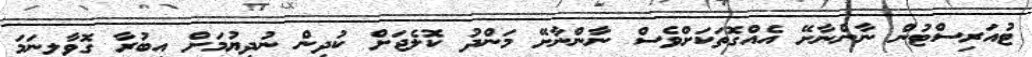
ޓުއަރިސްޓުން ނާންނާށޭ އެއްގޮތަކަށްވެސް ނާންނާށޭ މަންދު ކޮލެޖަށް ކުދިން ނުދިޔުމަށް އިބުރާ ގޮވާލިނަމަ